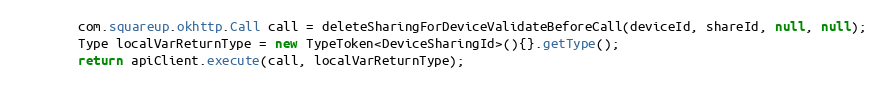
Language: Java
        com.squareup.okhttp.Call call = deleteSharingForDeviceValidateBeforeCall(deviceId, shareId, null, null);
        Type localVarReturnType = new TypeToken<DeviceSharingId>(){}.getType();
        return apiClient.execute(call, localVarReturnType);